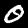
Digit: 0